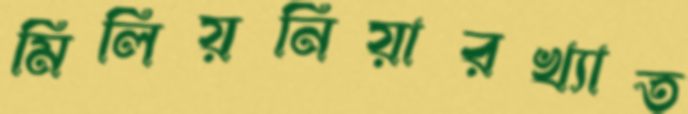
মিলিয়নিয়ারখ্যাত